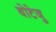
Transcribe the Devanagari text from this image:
बोटेजु